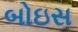
બોઇસ